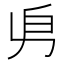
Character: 𠂣